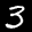
Label: 3